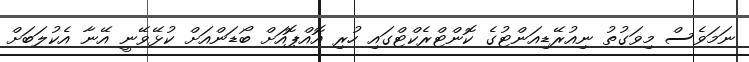
ނަމަވެސް މިވަގުތު ނިއުރޭޑިއަންޓުގެ ކޮންޓްރެކްޓްގައި ހުރި އޮއްޕޮއަށް ބޯޑަންއަށް ކުޅޭވޭނީ އޭނާ އެކުލަބަށް